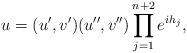
LaTeX: \begin{align*}u=(u',v')(u'',v'')\prod_{j=1}^{n+2}e^{ih_j},\end{align*}